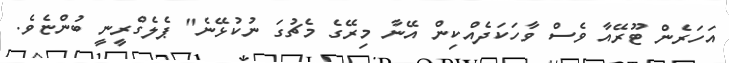
އަހަރެން ޓޫރޭއާ ވެސް ވާހަކަދެއްކިން އޭނާ މިރޭގެ މެޗުގަ ނުކުޅޭނެ" ޕެލެގްރީނީ ބުންޏެވެ.